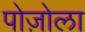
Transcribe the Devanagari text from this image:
पोज़ोला